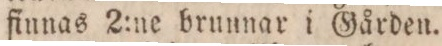
finnas 2:ne bruunar i Gården.